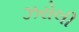
ઝરોલી